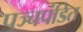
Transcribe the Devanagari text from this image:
पञ्चपंडित